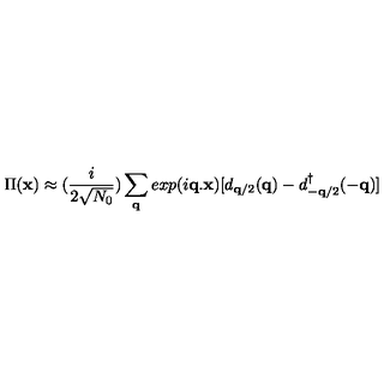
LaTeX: \Pi ( { \bf { x } } ) \approx ( \frac { i } { 2 \sqrt { N _ { 0 } } } ) \sum _ { { \bf { q } } } e x p ( i { \bf { q . x } } ) [ d _ { { \bf { q } } / 2 } ( { \bf { q } } ) - d _ { - { \bf { q } } / 2 } ^ { \dagger } ( - { \bf { q } } ) ]